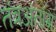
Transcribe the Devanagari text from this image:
तंत्रअंतांग